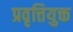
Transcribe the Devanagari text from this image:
प्रवृत्तियुक्त